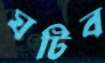
ঘটিব